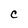
Character: C